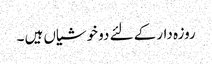
روزہ دار کے لئے دو خوشیاں ہیں ۔